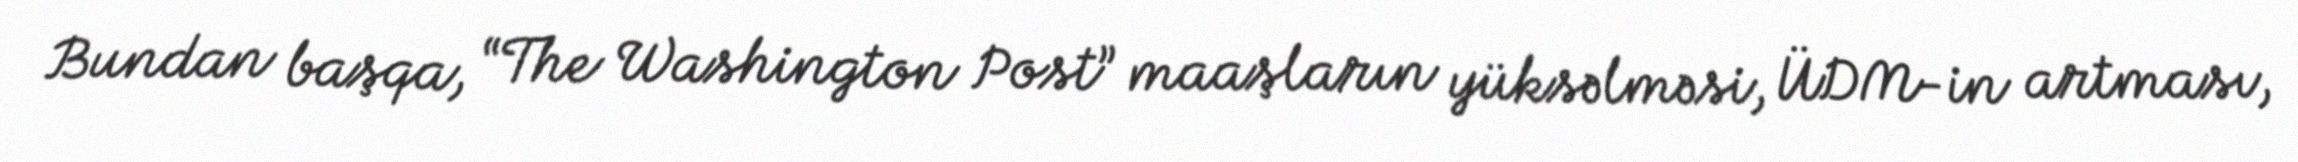
Bundan başqa, “The Washington Post” maaşların yüksəlməsi, ÜDM-in artması,